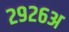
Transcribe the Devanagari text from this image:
२९२६अ